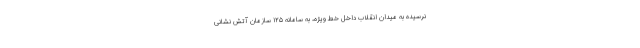
نرسیده به میدان انقلاب داخل خط ویژه، به سامانه ١٢۵ سازمان آتش نشانی